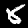
Digit: 8